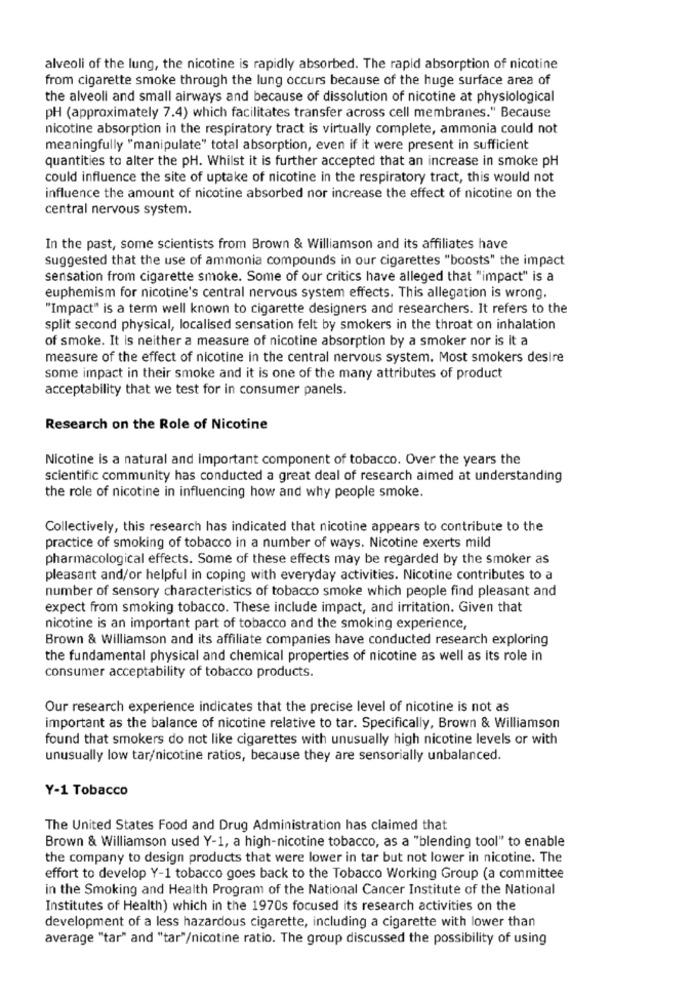
alveoli of the lung, the nicotine is rapidly absorbed. The rapid absorption of nicotine
from cigarette smoke through the lung occurs because of the huge surface area of
the alveoli and small airways and because of dissolution of nicotine at physiological
pH (approximately 7.4) which facilitates transfer across cell membranes." Because
nicotine absorption in the respiratory tract is virtually complete, ammonia could not
meaningfully "manipulate" total absorption, even if it were present in sufficient
quantities to alter the pH. Whilst it is further accepted that an increase in smoke pH
could influence the site of uptake of nicotine in the respiratory tract, this would not
influence the amount of nicotine absorbed nor increase the effect of nicotine on the
central nervous system.
In the past, some scientists from Brown & Williamson and its affiliates have
Suggested that the use of ammonia compounds in our cigarettes "boosts" the impact
sensation from cigarette smoke. Some of our critics have alleged that "impact" is a
euphemism for nicotine's central nervous system effects. This allegation is wrong.
"Impact" is a term well known to cigarette designers and researchers. It refers to the
split second physical, localised sensation felt by smokers in the throat on inhalation
of smoke. It is neither a measure of nicotine absorption by a smoker nor is it a
measure of the effect of nicotine in the central nervous system. Most smokers desire
some impact in their smoke and it is one of the many attributes of product
acceptability that we test for in consumer panels.
Research on the Role of Nicotine
Nicotine is a natural and important component of tobacco. Over the years the
scientific community has conducted a great deal of research aimed at understanding
the role of nicotine in influencing how and why people smoke.
Collectively, this research has indicated that nicotine appears to contribute to the
practice of smoking of tobacco in a number of ways. Nicotine exerts mild
pharmacological effects. Some of these effects may be regarded by the smoker as
pleasant and/or helpful in coping with everyday activities. Nicotine contributes to a
number of sensory characteristics of tobacco smoke which people find pleasant and
expect from smoking tobacco. These include impact, and irritation. Given that
nicotine is an important part of tobacco and the smoking experience,
Brown & Williamson and its affiliate companies have conducted research exploring
the fundamental physical and chemical properties of nicotine as well as its role in
consumer acceptability of tobacco products.
Our research experience indicates that the precise level of nicotine is not as
important as the balance of nicotine relative to tar. Specifically, Brown & Williamson
found that smokers do not like cigarettes with unusually high nicotine levels or with
unusually low tar/nicotine ratios, because they are sensorially unbalanced.
Y-1 Tobacco
The United States Food and Drug Administration has claimed that
Brown & Williamson used Y-1, a high-nicotine tobacco, as a "blending tool" to enable
the company to design products that were lower in tar but not lower in nicotine. The
effort to develop Y-1 tobacco goes back to the Tobacco Working Group (a committee
in the Smoking and Health Program of the National Cancer Institute of the National
Institutes of Health) which in the 1970s focused its research activities on the
development of a less hazardous cigarette, including a cigarette with lower than
average "tar" and "tar"/nicotine ratio. The group discussed the possibility of using